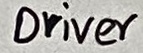
Text: Driver